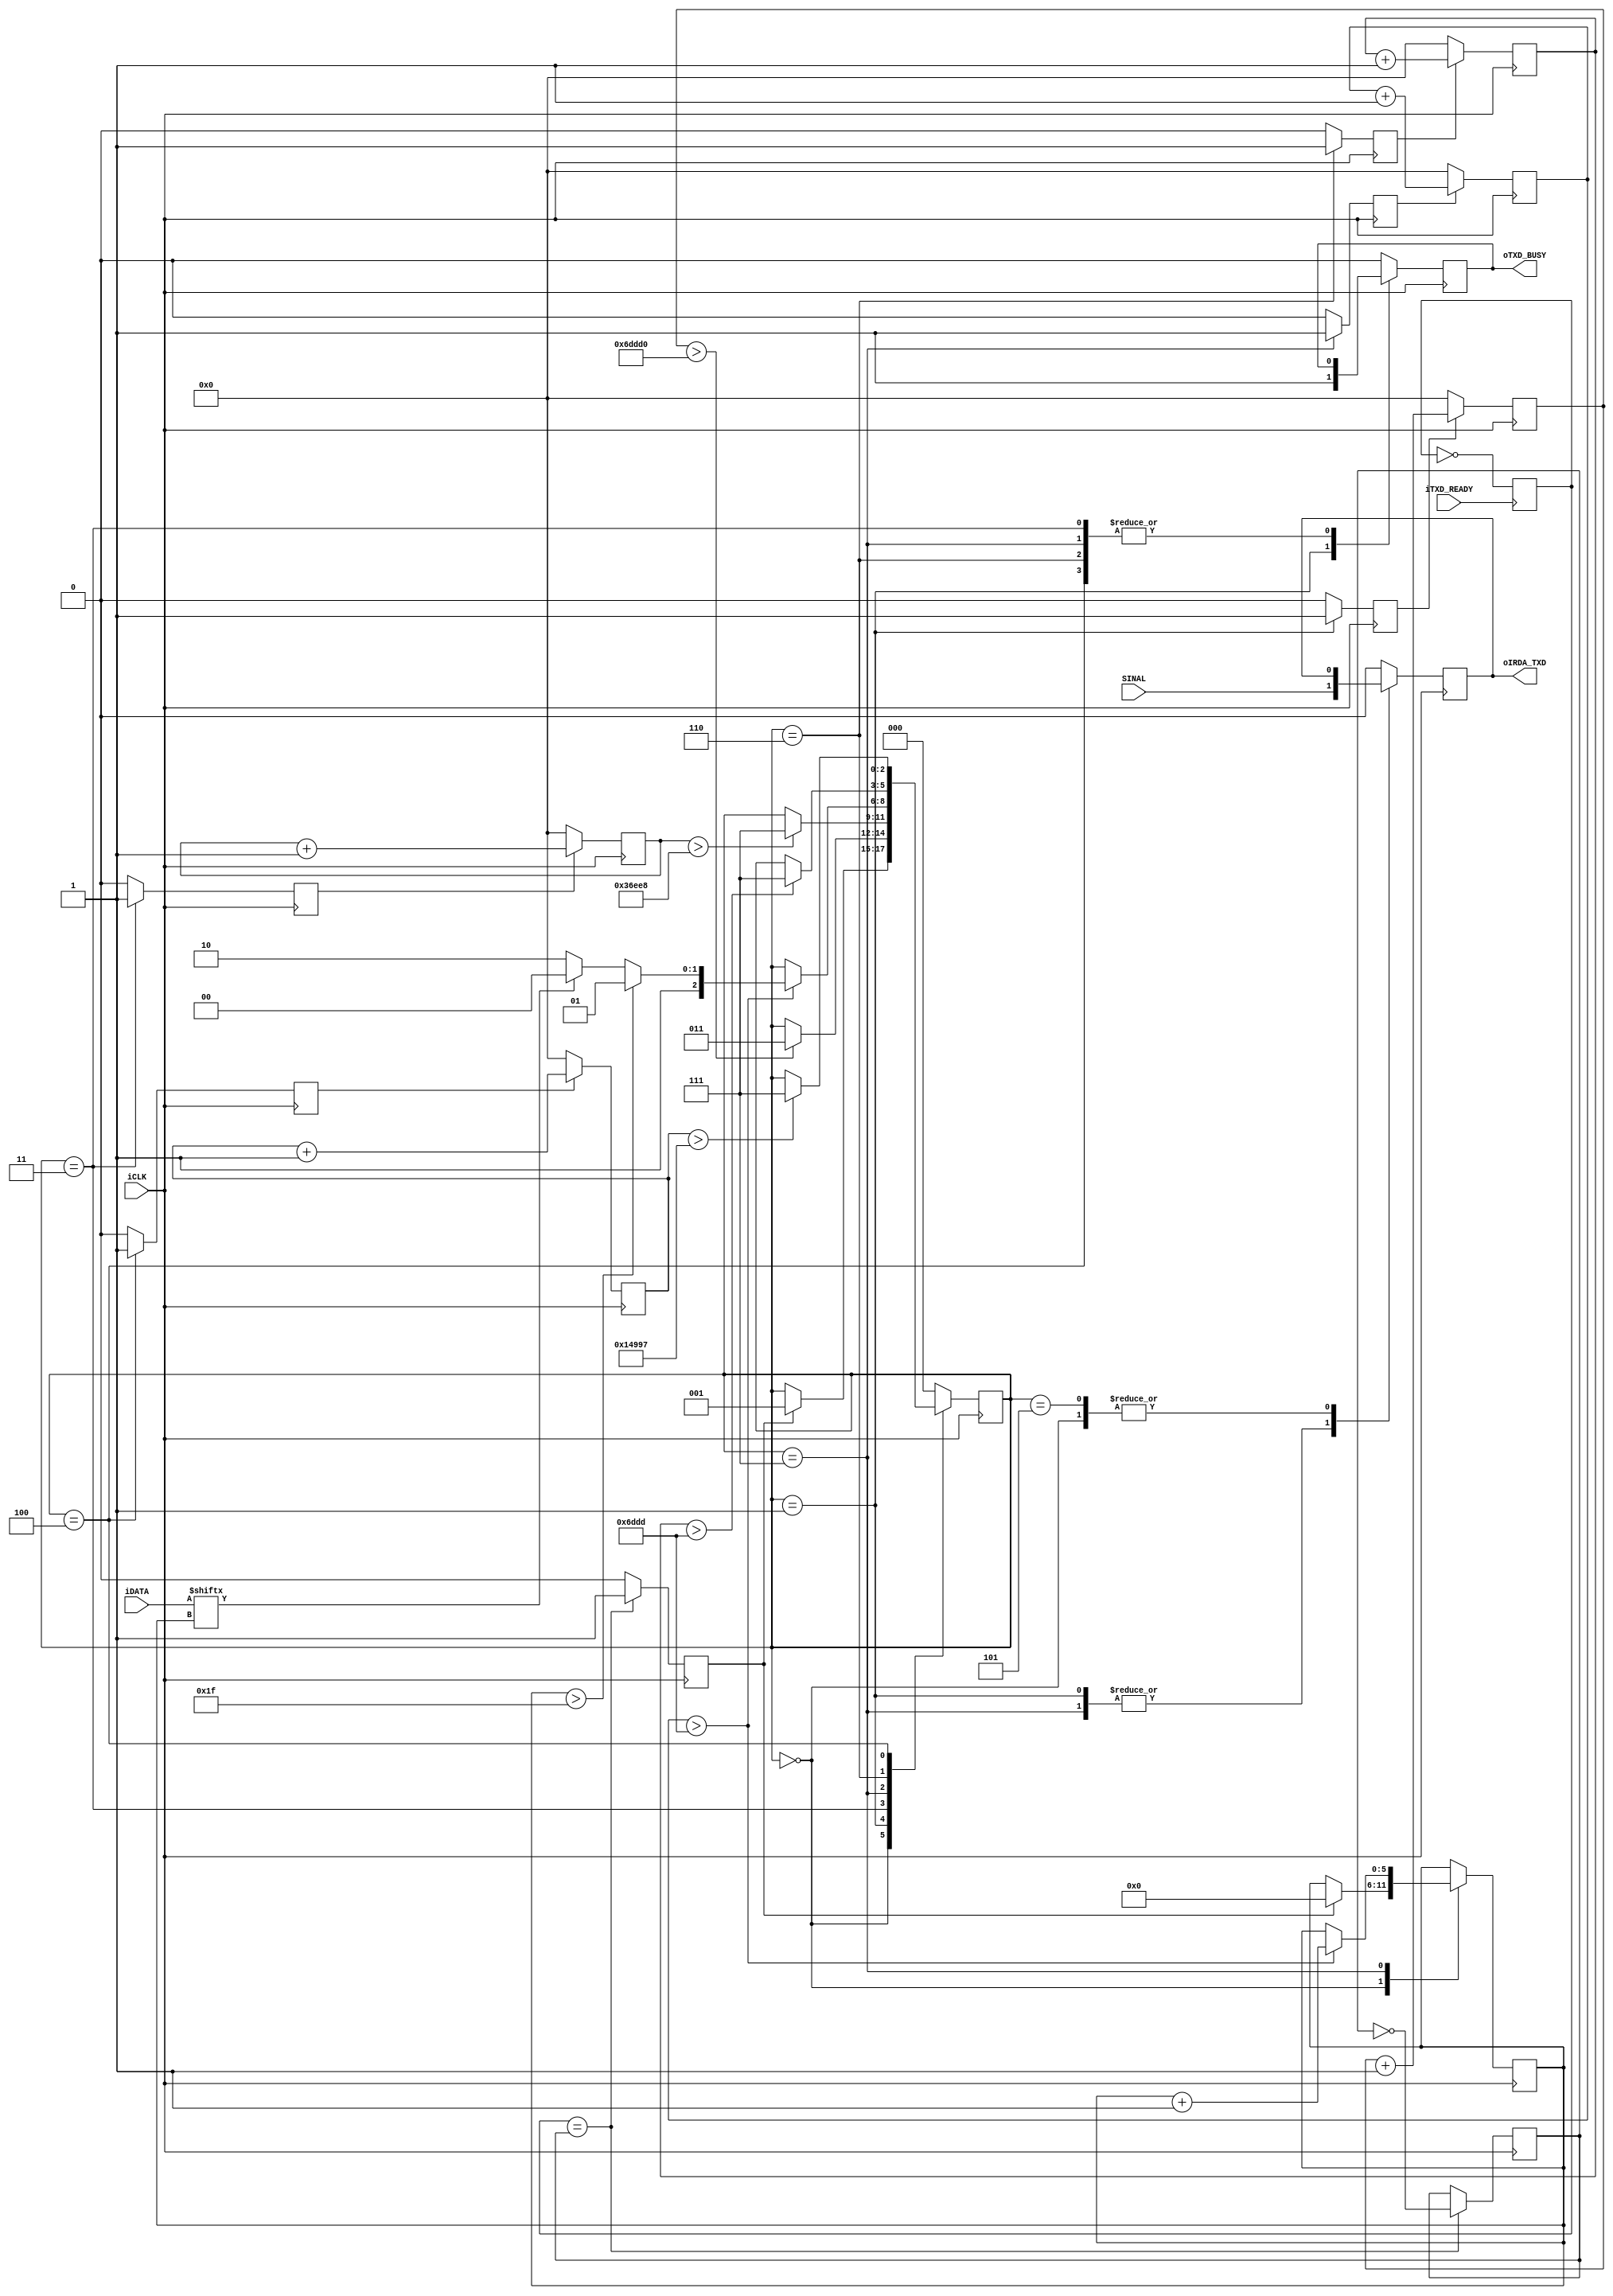
module IrDA_transmitter(
					iCLK,         //clk 50MHz
					SINAL,			//sinal irda
					iDATA,         //data input
					iTXD_READY,	  //start bit
					oTXD_BUSY,	  //transmitter sending
					oIRDA_TXD    //transmitter coded signal
);


//=======================================================
//  PARAMETER declarations
//=======================================================
parameter IDLE               = 3'b000;
parameter GUIDANCE_HIGH      = 3'b001;
parameter GUIDANCE_LOW       = 3'b011;
parameter DATA				 	  = 3'b111;
parameter GAP0           	  = 3'b110;
parameter GAP1           	  = 3'b100;
parameter END					  = 3'b101;

parameter GUIDE_HIGH_TIME		  = 450000;	  // 9ms low voltage
parameter GUIDE_LOW_TIME 		  = 225000;	  // 4.5ms high voltage

parameter GAP0_TIME				= 28125; // 562.5us gap para enviar um '0'
parameter GAP1_TIME 				= 84375; //1.6875ms gap para enviar um '1'

parameter PULSE_TIME				= 28125; //562.5us final

//=======================================================
//  PORT declarations
//=======================================================
input 		iCLK;         //clk 50MHz
input			[31:0] iDATA;        //data input
input 		iTXD_READY;	  //start bit
input			SINAL;
output 		oTXD_BUSY;	  //transmitter sending
output 		oIRDA_TXD;    //transmitter coded signal




//=======================================================
//  Signal Declarations
//=======================================================
reg guideH_count_flag;
reg [18:0] guideH_count;
reg guideL_count_flag;
reg [18:0] guideL_count;
reg data_cont_flag;
reg [18:0] data_count;
reg gap0_cont_flag;
reg [18:0] gap0_cont;
reg gap1_cont_flag;
reg [18:0] gap1_cont;

reg txd_busy;
reg txd_signal;
reg txd_ready;

reg [2:0] state;
reg [5:0] bitcount;

reg start_flag;
reg start_control_flag;
reg start;
//=======================================================;
//  Structural coding
//=======================================================
assign oTXD_BUSY = txd_busy;
assign oIRDA_TXD = txd_signal;

always @ ( posedge iCLK ) begin
	if (start_flag == start_control_flag) begin
		start_control_flag = ~ start_control_flag;
		start <=  1'b1;
	end else begin
		start <= 0;
	end
end

always @ ( posedge iTXD_READY ) begin
	start_flag = ~start_flag;
end

always @ (posedge iCLK ) begin
	if (guideH_count_flag) begin
		guideH_count <= guideH_count + 1'b1;
	end else begin
		guideH_count <= 0;
	end
end


always @ ( posedge iCLK ) begin
	if ((state == GUIDANCE_HIGH)) begin
		guideH_count_flag <= 1'b1;
	end
	else begin
		guideH_count_flag <= 1'b0;
	end
end

always @ (posedge iCLK ) begin
	if (guideL_count_flag) begin
		guideL_count <= guideL_count + 1'b1;
	end else begin
		guideL_count <= 0;
	end
end


always @ ( posedge iCLK ) begin
	if (state == GUIDANCE_LOW) begin
		guideL_count_flag <= 1'b1;
	end
	else begin
		guideL_count_flag <= 1'b0;
	end
end


always @ ( posedge iCLK) begin
	if (data_cont_flag) begin
		data_count <= data_count + 1'b1;
	end
	else begin
		data_count <= 0;
	end
end

always @ ( posedge iCLK ) begin
	 if (state == DATA) begin
	 	data_cont_flag <= 1'b1;
	 end
	 else begin
	 	data_cont_flag <= 1'b0;
	 end
end


always @ ( posedge iCLK) begin
	if (gap0_cont_flag) begin
		gap0_cont <= gap0_cont + 1'b1;
	end
	else begin
		gap0_cont <= 0;
	end
end

always @ ( posedge iCLK ) begin
	 if (state == GAP0) begin
	 	gap0_cont_flag <= 1'b1;
	 end
	 else begin
	 	gap0_cont_flag <= 1'b0;
	 end
end


always @ ( posedge iCLK) begin
	if (gap1_cont_flag) begin
		gap1_cont <= gap1_cont + 1'b1;
	end
	else begin
		gap1_cont <= 0;
	end
end

always @ ( posedge iCLK ) begin
	 if (state == GAP1) begin
	 	gap1_cont_flag <= 1'b1;
	 end
	 else begin
	 	gap1_cont_flag <= 1'b0;
	 end
end



always @ ( posedge iCLK ) begin
	case (state)
		IDLE: if (start) begin
			state <= GUIDANCE_HIGH;
			bitcount <= 0;
		end

		GUIDANCE_HIGH: if (guideH_count >  GUIDE_HIGH_TIME) begin
			state <= GUIDANCE_LOW;
		end

		GUIDANCE_LOW: if (guideL_count >  GUIDE_LOW_TIME) begin
			state <= DATA;
		end

		DATA: if (data_count > PULSE_TIME) begin
			if (bitcount > 31) begin
				state <= END;
			end else begin
				if (iDATA[bitcount] == 0) begin
					state <= GAP0;
				end else begin
					state <= GAP1;
				end
			end
			bitcount <= bitcount + 1'b1;
		end

		GAP0: if (gap0_cont > GAP0_TIME) begin
			state <= DATA;
		end

		GAP1: if (gap1_cont > GAP1_TIME) begin
			state <= DATA;
		end

		END:
			state <= IDLE;

		default:state <= IDLE ;
	endcase
end


always @ ( posedge iCLK ) begin
	case (state)
		IDLE:
			txd_busy <= 1'b0;

		GUIDANCE_HIGH:
		begin
			txd_signal <= SINAL;
			txd_busy <= 1'b1;
		end
		GUIDANCE_LOW:
			txd_signal <= 0;

		DATA:
			txd_signal <= SINAL;

		GAP0:
			txd_signal <= 0;

		GAP1:
			txd_signal <= 0;

		END:
			txd_busy <= 1'b0;

		default:
		begin
			txd_busy <= 1'b0;
			txd_signal <= 0;
		end
	endcase
end

endmodule